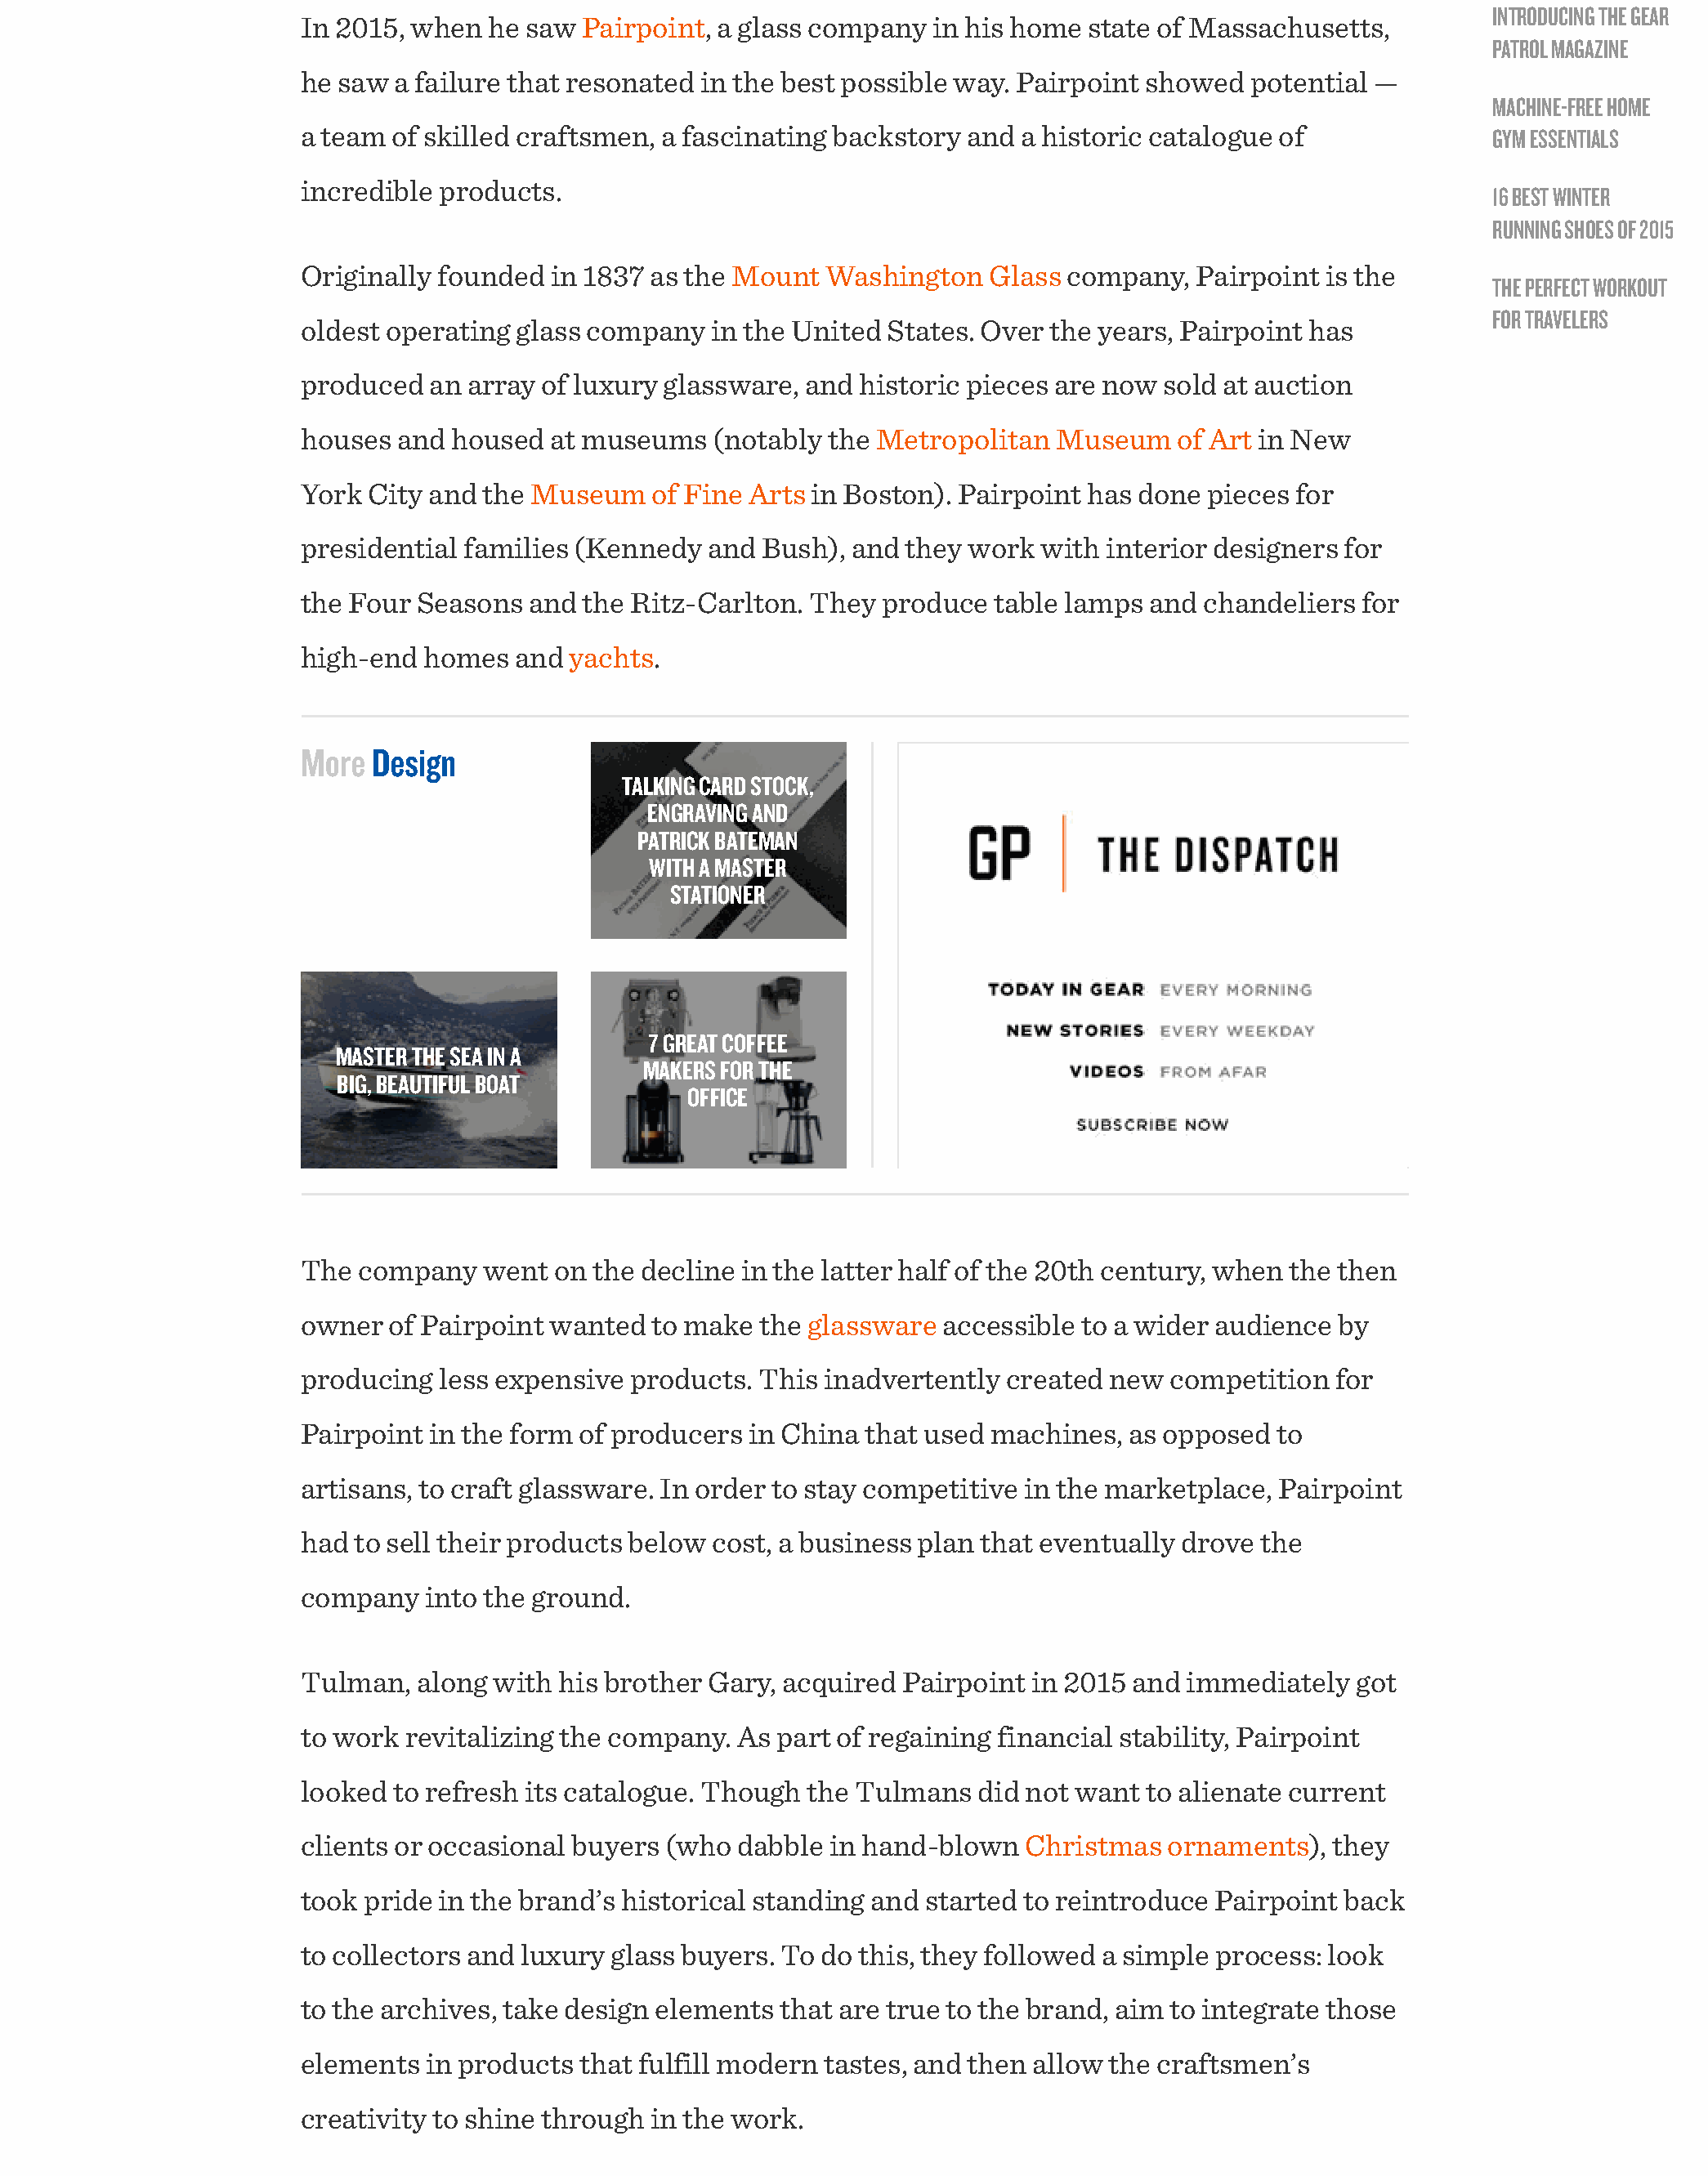
INTRODUCING THE GEAR
 In 2015, when   he saw Pairpoint, a glass company  in his home  state of Massachusetts,
 PATROL MAGAZINE
 he saw  a failure that resonated in the best possible way. Pairpoint showed  potential —
 MACHINE-FREE HOME
 a team  of skilled craftsmen, a fascinating backstory and  a historic catalogue of               GYM ESSENTIALS
 incredible  products.
 16 BEST WINTER
 RUNNING SHOES OF 2015
 Originally founded   in 1837 as the Mount  Washington   Glass company,   Pairpoint is the
 THE PERFECT WORKOUT
 FOR TRAVELERS
 oldest operating  glass company   in the United States. Over the years, Pairpoint has
 produced   an array of luxury glassware, and  historic pieces are now sold at auction
 houses  and  housed  at museums   (notably the Metropolitan   Museum   of Art in New
 York  City and the Museum    of Fine Arts in Boston). Pairpoint has done  pieces for
 presidential  families (Kennedy  and  Bush), and they work  with  interior designers for
 the Four  Seasons  and the Ritz-Carlton.  They produce   table lamps and chandeliers  for
 high-end  homes   and yachts.
 More  Design
 TALKING CARD STOCK,
 ENGRAVING AND
 PATRICK BATEMAN
 WITH A MASTER
 STATIONER
 7 GREAT COFFEE
 MASTER THE SEA IN A
 MAKERS FOR THE
 BIG, BEAUTIFUL BOAT
 OFFICE
 The  company   went  on the decline in the latter half of the 20th century, when the then
 owner   of Pairpoint wanted  to make  the glassware accessible  to a wider audience by
 producing   less expensive products. This  inadvertently created  new  competition  for
 Pairpoint  in the form of producers  in China that used machines,  as opposed  to
 artisans, to craft glassware. In order to stay competitive in the marketplace,  Pairpoint
 had  to sell their products below cost, a business plan that eventually drove the
 company   into the ground.
 Tulman,   along with his brother Gary, acquired  Pairpoint  in 2015 and immediately   got
 to work  revitalizing the company.  As part of regaining financial stability, Pairpoint
 looked  to refresh its catalogue. Though the Tulmans   did not want  to alienate current
 clients or occasional buyers  (who  dabble in hand-blown   Christmas   ornaments),  they
 took pride  in the brand’s historical standing and started to reintroduce Pairpoint  back
 to collectors and luxury glass buyers. To do  this, they followed a simple process: look
 to the archives, take design elements  that are true to the brand, aim to integrate those
 elements  in products  that fulfill modern tastes, and then allow the craftsmen’s
 creativity to shine through  in the work.